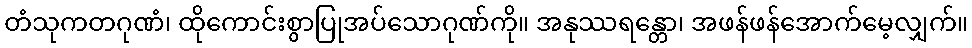
တံသုကတဂုဏံ၊ ထိုကောင်းစွာပြုအပ်သောဂုဏ်ကို။ အနုဿရန္တော၊ အဖန်ဖန်အောက်မေ့လျှက်။